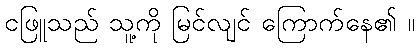
ငဖြူသည် သူ့ကို မြင်လျင် ကြောက်နေ၏ ။